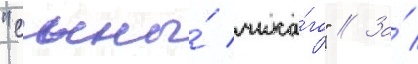
"сыны́ чика́го" // За́